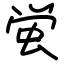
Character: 蛍